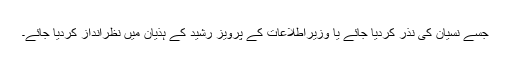
جسے نسیان کی نذر کردیا جائے یا وزیراطلاعات کے پرویز رشید کے ہذیان میں نظرانداز کردیا جائے۔